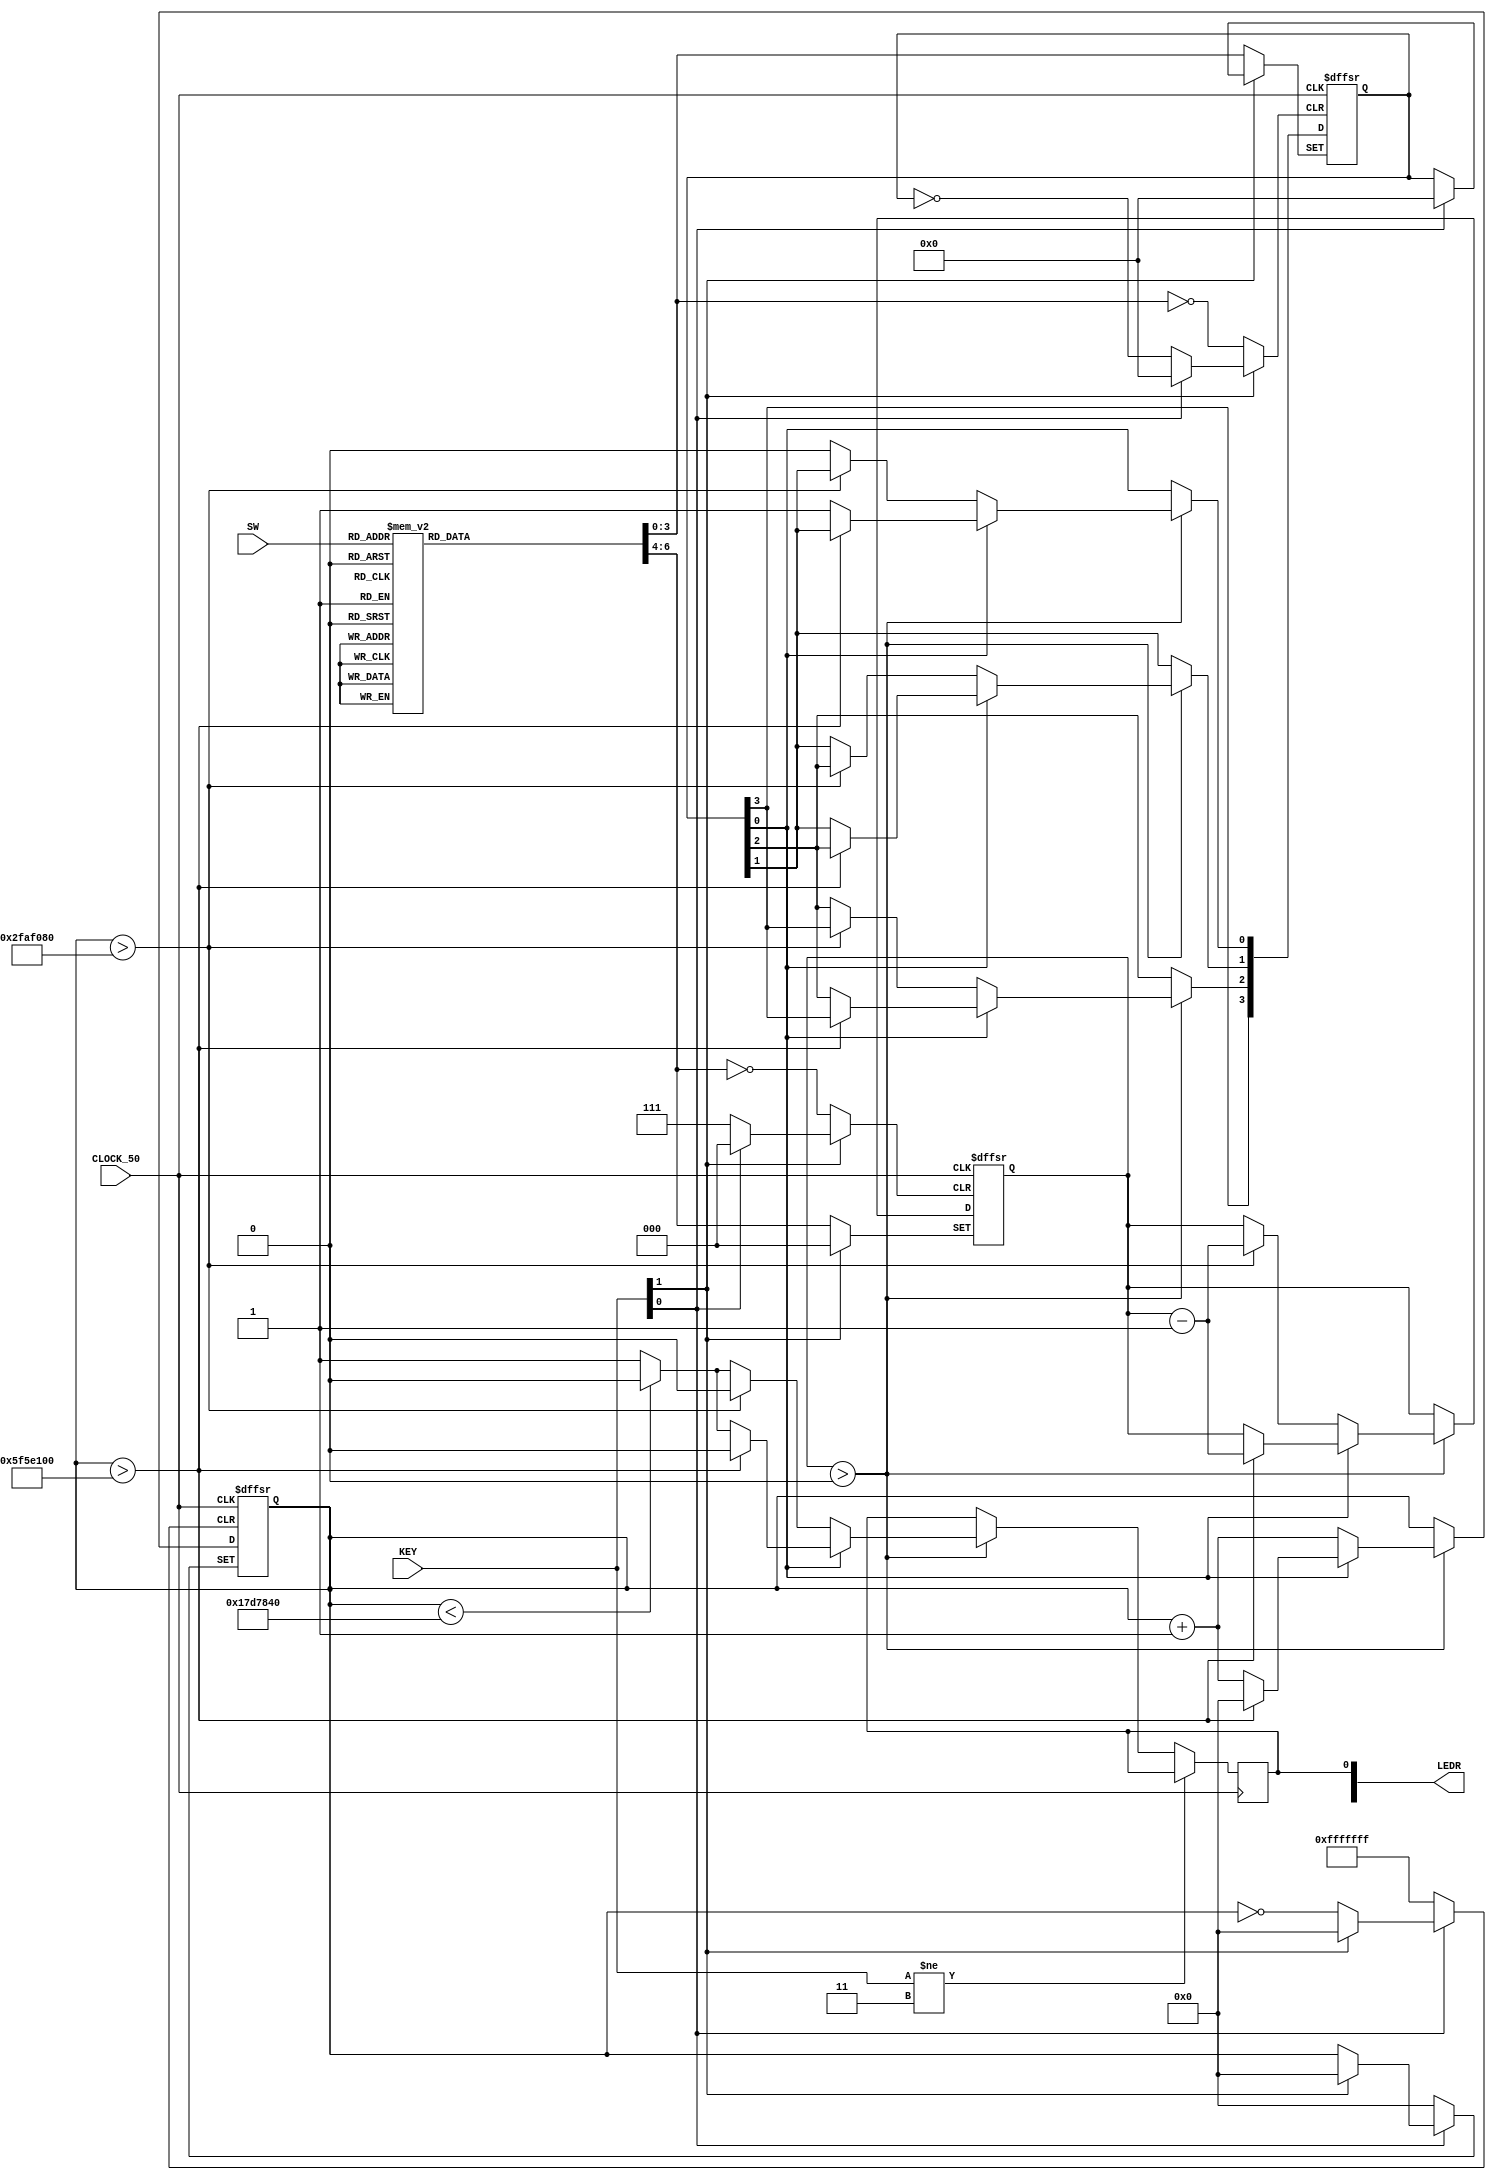
module Lab6d(input [2:0] SW, input [1:0] KEY, input CLOCK_50, output [9:0]LEDR);
	wire Resetn,start;
	assign Resetn = KEY[0];
	assign start = KEY[1];
	reg [3:0] y, y0;
	reg [2:0] z, z0;
	reg [27:0] Q;
	reg L;
	parameter A = 3'b000, B = 3'b001, C = 3'b010, D = 3'b011, E = 3'b100, F = 3'b101, G = 3'b110, H = 3'b111;
	
	always@(SW)
		case (SW)
			A: begin y = 4'b0010;
				z = 3'b010; end
			B: begin y = 4'b0001;
				z = 3'b100; end
			C:	begin y = 4'b0101;
				z = 3'b100; end
			D: begin y = 4'b0001;
				z = 3'b011; end
			E: begin y = 4'b0000;
				z = 3'b001; end
			F: begin y = 4'b0100;
				z = 3'b100; end
			G: begin y = 4'b0011;
				z = 3'b011; end
			H: begin y = 4'b0000;
				z = 3'b100; end
		endcase
		
	always@(posedge CLOCK_50, negedge start, negedge Resetn)
	
	begin
		if (!Resetn) begin
			z0 <= 3'b0;
			Q <= 27'b0;
			end
			
		else if (!start) begin 
			y0 <= y; //store length, signal
			z0 <= z; 
			end
			
		else if (CLOCK_50) begin
		
			if (z0 > 0) begin
			
				//Dot signal
				if (y0[0] == 1'b0) begin 
					if (Q > 50000000) begin
						Q <= 27'b0;
						y0[0] <= y0[1]; //shift register 
						y0[1] <= y0[2];
						y0[2] <= y0[3];
						z0 = z0-1; //decrement the length 
						L <= 0;
						end
					else if (Q < 25000000) begin
						L <= 0; 
						Q <= Q + 1; 
						end
					else
						L = 1;
						Q <= Q + 1;
				end				
				//Dash signal
				else
					if (Q > 100000000) begin
						Q <= 27'b0;
						y0[0] <= y0[1];
						y0[1] <= y0[2];
						y0[2] <= y0[3];
						z0 <= z0-1;
						L <= 0;
						end
					else if (Q < 25000000) begin
						L <= 0; 
						Q <= Q + 1; 
						end
					else 
						begin
						Q <= Q + 1;
						L <= 1; 
						end			
			end
		end
	end
	
	assign LEDR[0] = L;

endmodule



module Lab61(SW, KEY, CLOCK_50, LEDR);

	input [9:0] SW;
	input [3:0] KEY;
	input CLOCK_50;
	output [9:0] LEDR;

	reg [3:0] signal, signal_stored;
	reg [2:0] length, length_stored;
	reg [26:0] Q;
	reg L;
	
	parameter A = 3'b000, B = 3'b001, C = 3'b010, D = 3'b011, E = 3'b100, F = 3'b101, G = 3'b110, H = 3'b111;
	
	wire clk, resetn;
	wire [2:0] letter;
	
	assign clk = CLOCK_50;
	assign letter = SW;
	assign resetn = KEY[0];
	assign display = KEY[1];
	
	always @ (letter)
	
	begin
		case (letter)
			A: begin signal = 4'b0010;
				length = 3'b010; end
			B: begin signal = 4'b0001;
				length = 3'b100; end
			C:	begin signal = 4'b0101;
				length = 3'b100; end
			D: begin signal = 4'b0001;
				length = 3'b011; end
			E: begin signal = 4'b0000;
				length = 3'b001; end
			F: begin signal = 4'b0100;
				length = 3'b100; end
			G: begin signal = 4'b0011;
				length = 3'b011; end
			H: begin signal = 4'b0000;
				length = 3'b100; end
		endcase
	end
	
	always @ (posedge clk, negedge display, negedge resetn)
	
	begin
	
		if(!resetn) begin
		
			Q <= 27'b0;
			signal_stored <= 4'b0;
			length_stored <= 3'b0;
			
		end
		
		else if(!display) begin
		
			signal_stored <= signal;
			length_stored <= length;
		
		end
		
		else if (clk&(length_stored != 0))
		
		begin
		
			Q = Q + 1;
			
			if (signal_stored[0] == 0) begin

				if(Q < 2) begin
				
					L <= 0;
				
				end
				
				else begin
			
					L = 1;
					
					if(Q > 4) begin
					
						Q = 27'b0;
						signal_stored[0] <= signal_stored[1];
						signal_stored[1] <= signal_stored[2];
						signal_stored[2] <= signal_stored[3];
						length_stored <= length_stored - 1;
						L = 0;
					
					end
				end
			end
			
			else 
			
			begin
			
				if(Q < 2) begin
				
					L <= 0;
				
				end
				
				else begin
				
					L = 1;
				
					if(Q > 10) begin
					
						Q = 27'b0;
						signal_stored[0] <= signal_stored[1];
						signal_stored[1] <= signal_stored[2];
						signal_stored[2] <= signal_stored[3];
						length_stored <= length_stored - 1;
						L = 0;
					
					end
				end	
			end	
		end	
	end
	
	assign LEDR[0] = L;

endmodule